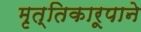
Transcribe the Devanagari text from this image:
मृत्तिकारूपाने